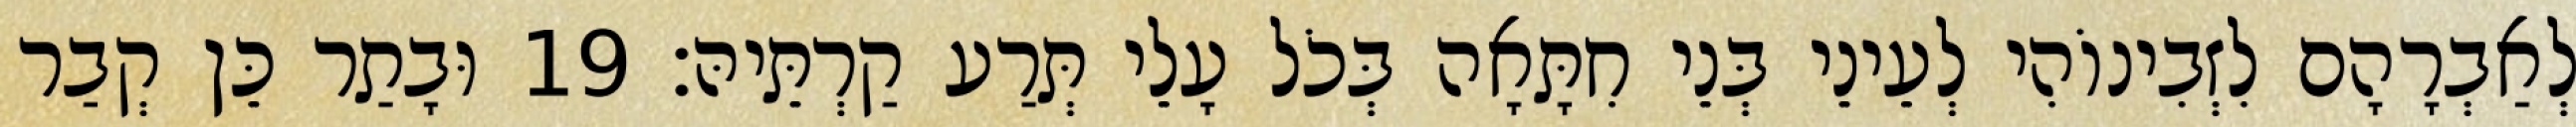
לְאַבְרָהָם לִזְבִינוֹהִי לְעֵינֵי בְּנֵי חִתָּאָה בְּכֹל עָלֵי תְּרַע קַרְתֵּיהּ׃ 19 וּבָתַר כֵּן קְבַר